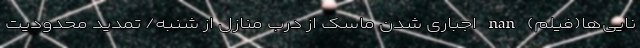
نایی‌ها(فیلم) nan اجباری شدن ماسک از درب منازل از شنبه/ تمدید محدودیت